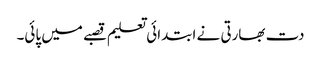
دت بھارتی نے ابتدائی تعلیم قصبے میں پائی۔